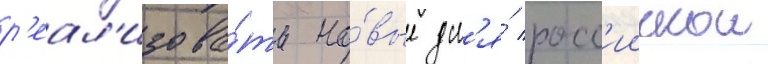
р'еал'изова́ть но́вые дл'я́ росс'иискои